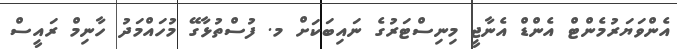
އެންވަޔަރުމެންޓް އެންޑް އެނާޖީ މިނިސްޓަރުގެ ނައިބަކަށް މ. ފުސްތުޅާގޭ މުހައްމަދު ހާނިމް ރައީސް